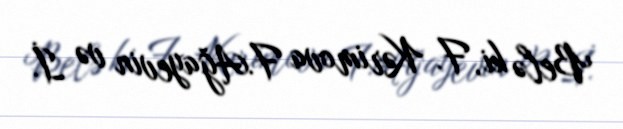
Belə ki, F. Kərimova F.Ağayevin və İ.